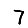
Digit: 7